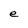
Character: e